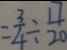
= \frac { 3 } { 4 } \div \frac { 1 7 } { 2 0 }